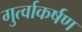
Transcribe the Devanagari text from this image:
गुर्त्वाकर्षण